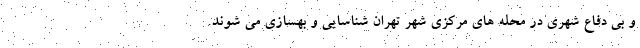
و بی دفاع شهری در محله های مرکزی شهر تهران شناسایی و بهسازی می شوند.